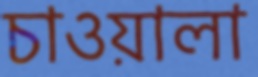
চাওয়ালা